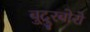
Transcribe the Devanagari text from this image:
बुदुरबोरो